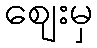
ဈေးမှ